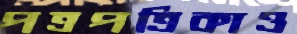
পত্রপত্রিকাও